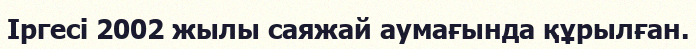
Іргесі 2002 жылы саяжай аумағында құрылған.